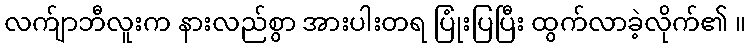
လက်ျာဘီလူးက နားလည်စွာ အားပါးတရ ပြုံးပြပြီး ထွက်လာခဲ့လိုက်၏ ။